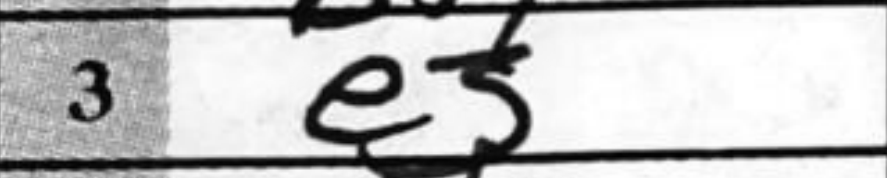
Transcription: e5